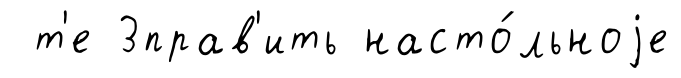
т'е 3прав'ить насто́льноjе